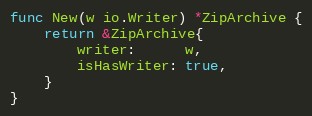
Language: Go
func New(w io.Writer) *ZipArchive {
	return &ZipArchive{
		writer:      w,
		isHasWriter: true,
	}
}